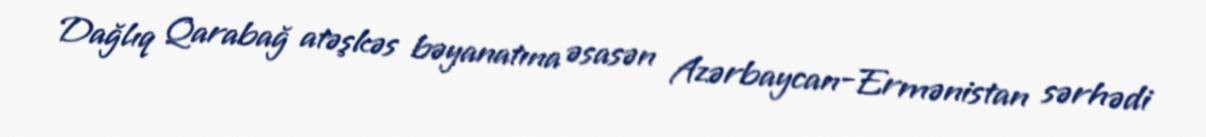
Dağlıq Qarabağ atəşkəs bəyanatına əsasən Azərbaycan-Ermənistan sərhədi